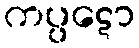
ကပ္ပဋော